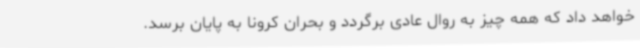
خواهد داد که همه چیز به روال عادی برگردد و بحران کرونا به پایان برسد.